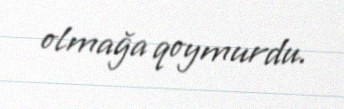
olmağa qoymurdu.